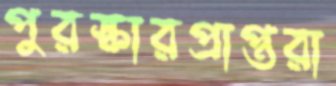
পুরস্কারপ্রাপ্তরা